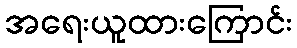
အရေးယူထားကြောင်း